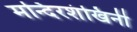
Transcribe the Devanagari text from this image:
मन्दिरशंखिनी